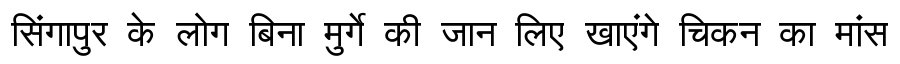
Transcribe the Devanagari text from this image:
सिंगापुर के लोग बिना मुर्गे की जान लिए खाएंगे चिकन का मांस